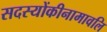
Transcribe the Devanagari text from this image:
सदस्योंकीनामावलि